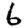
Digit: 6